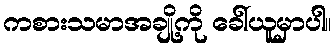
ကစားသမာအချို့ကို ခေါ်ယူမှာပါ။